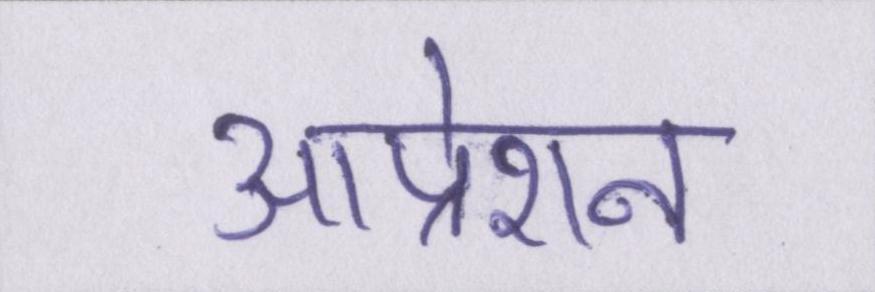
आप्रेशन